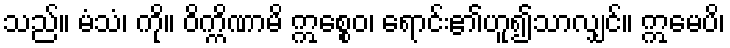
သည်။ မံသံ၊ ကို။ ဝိက္ကိဏာမိ ဣစ္စေဝ၊ ရောင်း၏ဟူ၍သာလျှင်။ ဣမေပိ၊